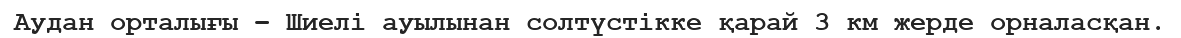
Аудан орталығы – Шиелі ауылынан солтүстікке қарай 3 км жерде орналасқан.